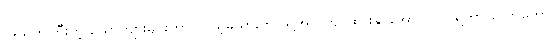
အသက်ကြီးတဲ့ ယောက်ျားများဟာ ကိုယ့်မယားကို သူ့အလိုကျ ထားနိုင်အောင် လုပ်ရတာ တော်တော်